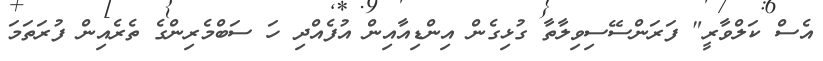
އެސް ކަލްވާރީ" ފަރަންސޭސިވިލާތާ ގުޅިގެން އިންޑިއާއިން އުފެއްދި ހަ ސަބްމެރިންގެ ތެރެއިން ފުރަތަމަ